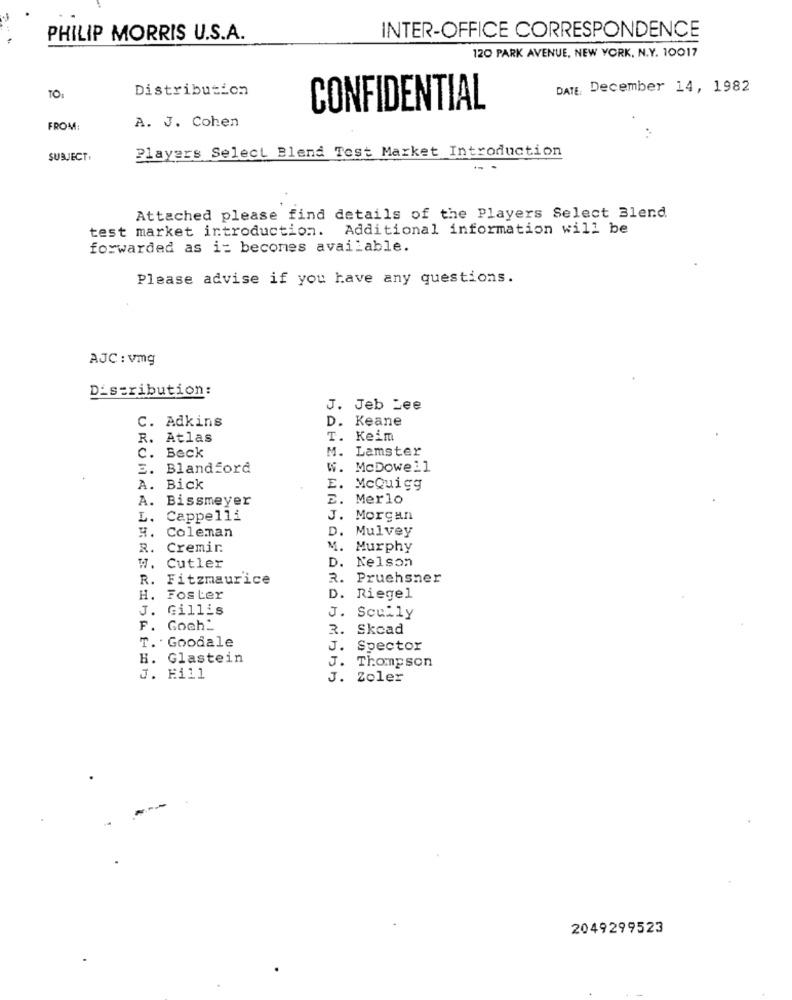
INTER-OFFICE CORRESPONDENCE
PHILIP MORRIS U.S.A.
120 PARK AVENUE, NEW YORK, N.Y. 10017
Distribution
DATE. December 14, 1982
TO:
CONFIDENTIAL
FROM:
A. J. Cohen
SUBJECT:
Players Select Blend Test Market Introduction
Attached please find details of the Players Select Blend.
test market introduction. Additional information will be
forwarded as i= becomes available.
Please advise if you have any questions.
AJC : vmg
Distribution:
J. Jeb Lee
C. Adkins
D.
Keane
R. Atlas
T.
Keim
Beck
M.
Lamster
c .
2.
Blandford
McDowell
A.
Bick
E.
McQuigg
A.
Bissmeyer
2.
Merlo
L.
Cappelli
J. Morgan
H.
Coleman
D. Mulvey
R. Cremir.
M.
Murphy
D. Nelson
W. Cutler
R. Fitzmaurice
R. Pruehsner
H. Foster
D. Riegel
J. Gillis
J. SCully
F. Goch_
3.
Skead
T. Goodale
J. Spector
H. Glastein
J. Thompson
J. Ei11
J. Zoler
2049299523